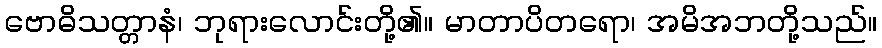
ဗောဓိသတ္တာနံ၊ ဘုရားလောင်းတို့၏။ မာတာပိတရော၊ အမိအဘတို့သည်။